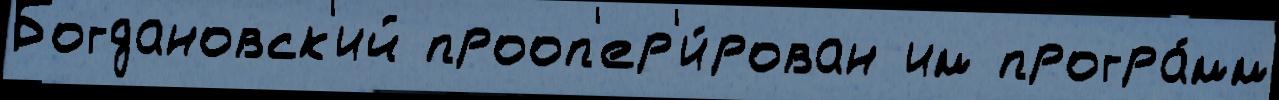
Богдановск'ий прооп'ер'и́рован им програ́мм